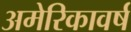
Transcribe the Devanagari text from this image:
अमेरिकावर्ष